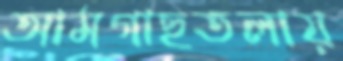
আমগাছতলায়